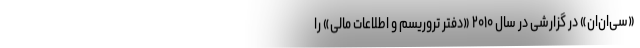
«سی‌ان‌ان» در گزارشی در سال ۲۰۱۰ «دفتر تروریسم و اطلاعات مالی» را